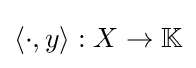
\langle \cdot ,y\rangle :X\to \mathbb {K}